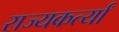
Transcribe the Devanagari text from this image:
राज्यकर्त्यां